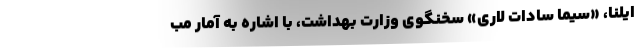
ایلنا، «سیما سادات لاری» سخنگوی وزارت بهداشت، با اشاره به آمار مب